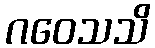
ဂဝေသသိ